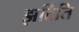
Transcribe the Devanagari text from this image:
झटिति